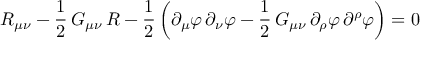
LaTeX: R _ { \mu \nu } - \frac { 1 } { 2 } \, G _ { \mu \nu } \, { \cal R } - \frac { 1 } { 2 } \left( \partial _ { \mu } \varphi \, \partial _ { \nu } \varphi - \frac { 1 } { 2 } \, G _ { \mu \nu } \, \partial _ { \rho } \varphi \, \partial ^ { \rho } \varphi \right) = 0